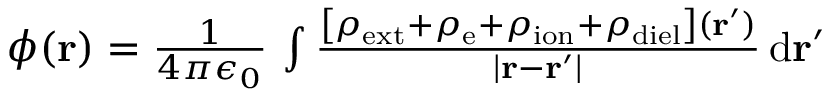
\begin{array} { r } { \phi ( \mathbf { r } ) = \frac { 1 } { 4 \pi \epsilon _ { 0 } } \, \int \frac { \left[ \rho _ { \mathrm { e x t } } + \rho _ { \mathrm { e } } + \rho _ { \mathrm { i o n } } + \rho _ { \mathrm { d i e l } } \right] ( \mathbf { r } ^ { \prime } ) } { | \mathbf { r } - \mathbf { r } ^ { \prime } | } \, \mathrm { d } \mathbf { r } ^ { \prime } } \end{array}